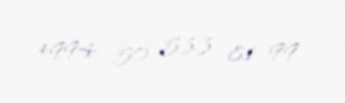
+994 50 533 81 99